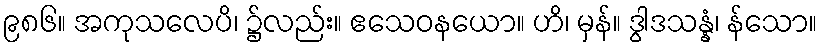
၉၈၆။ အကုသလေပိ၊ ၌လည်း။ ဧသေဝနယော။ ဟိ၊ မှန်။ ဒွါဒသန္နံ၊ န်သော။